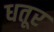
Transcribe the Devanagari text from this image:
धतूर